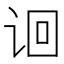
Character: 𬣬